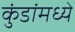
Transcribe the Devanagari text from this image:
कुंडांमध्ये